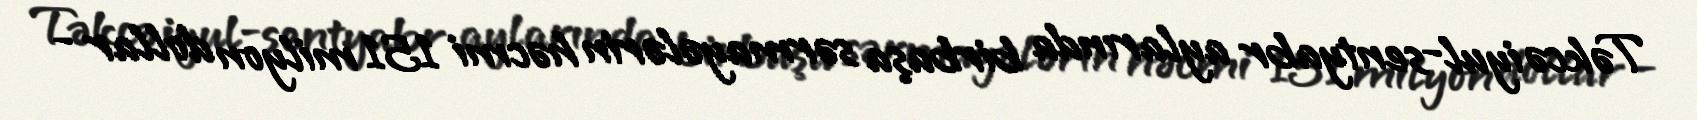
Təkcə iyul-sentyabr aylarında birbaşa sərmayələrin həcmi 151 milyon dollar -